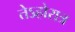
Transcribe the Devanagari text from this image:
तेऽहोरात्र